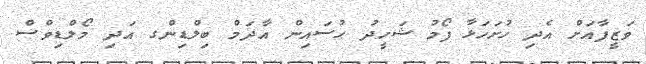
ވަޒީފާއަށް އެދި ހުށަހަޅާ ފޯމު ޝަހީދު ޙުސައިން އާދަމް ބިލްޑިންގ އަދި މޯލްޑިވްސް